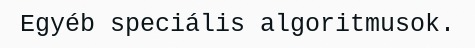
Egyéb speciális algoritmusok.